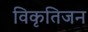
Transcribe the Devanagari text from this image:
विकृतिजन